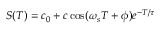
S ( T ) = c _ { 0 } + c \cos ( \omega _ { s } T + \phi ) e ^ { - T / \tau }